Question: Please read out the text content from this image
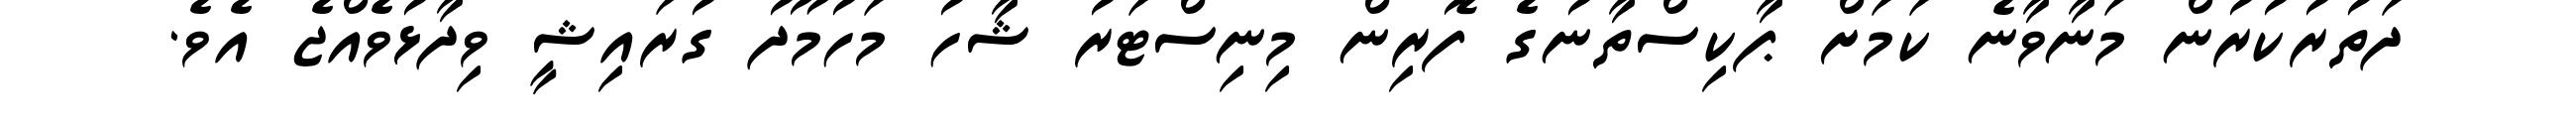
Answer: ދަތުރުކުރުން މަނާވާނެ ކަމަށް ޕާކިސްތާނުގެ ފޮރިން މިނިސްޓަރު ޝާހު މަހުމޫދު ގުރައިޝީ ވިދާޅުވެއްޖެ އެވެ.